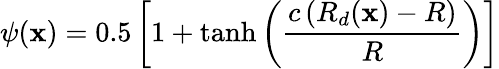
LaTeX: \psi(\mathbf{x})=0.5\left[1+\operatorname{tanh}\left(\frac{{c\left(R_{d}(\mathbf{x})-R\right)}}{{R}}\right)\right]